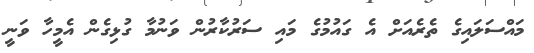
މައްސަލައިގެ ތެރެއަށް އެ ގައުމުގެ މައި ސަރުކާރުން ވަނުމާ ގުޅިގެން އެމީހާ ވަނީ